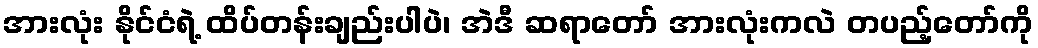
အားလုံး နိုင်ငံရဲ့ ထိပ်တန်းချည်းပါပဲ၊ အဲဒီ ဆရာတော် အားလုံးကလဲ တပည့်တော်ကို